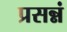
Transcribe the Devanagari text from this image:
प्रसन्नं